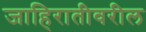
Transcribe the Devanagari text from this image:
जाहिरातीवरील